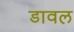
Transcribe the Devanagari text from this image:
डावल